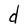
Character: d